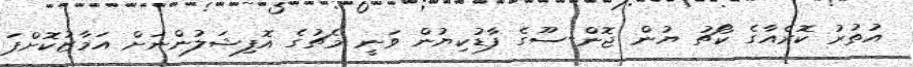
އުތުރު ކޮރެއާގެ ކޯޗު ޔުން ޖޮން-ސޫގެ ފާޑުކިޔުން ވަނީ މެޗުގެ އޮފިޝަލުންނަށް އަމާޒުކޮށްފަ